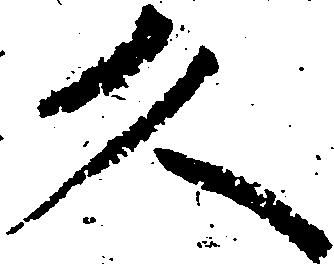
久